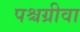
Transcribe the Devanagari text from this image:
पश्चग्रीवा